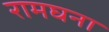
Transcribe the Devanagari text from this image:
रामघना